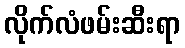
လိုက်လံဖမ်းဆီးရာ